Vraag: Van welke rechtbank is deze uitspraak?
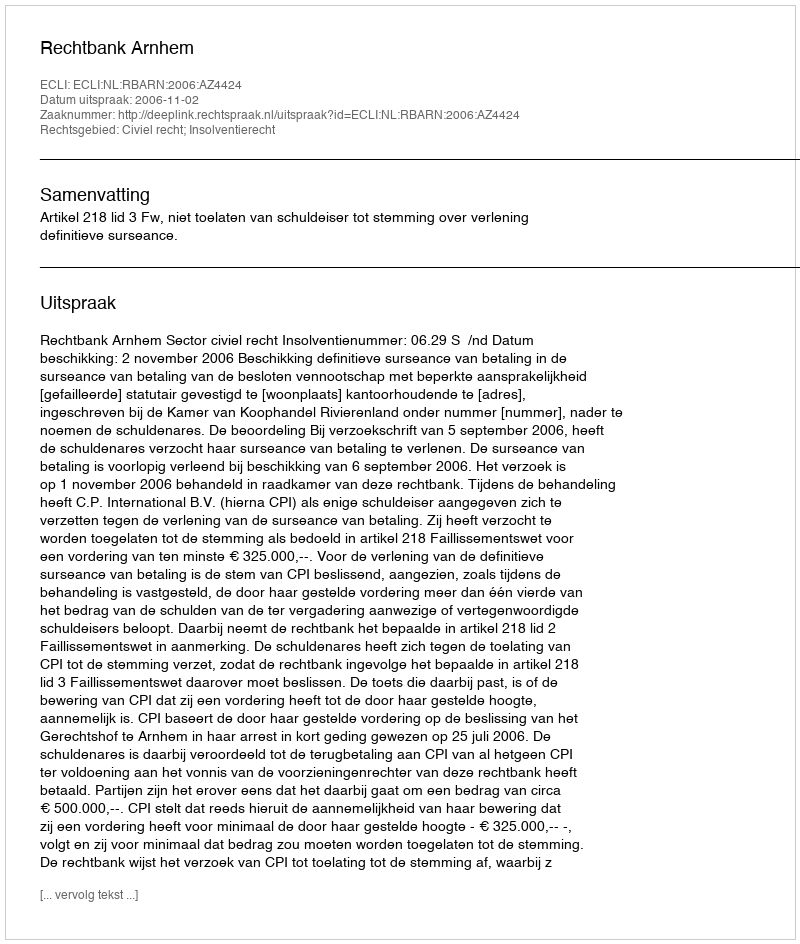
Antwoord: Rechtbank Arnhem